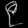
Digit: ၉